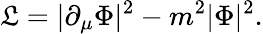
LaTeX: {\cal\mathfrak{L}}=|\partial_{\mu}\Phi|^{2}-m^{2}|\Phi|^{2}.